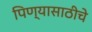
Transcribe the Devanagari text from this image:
पिण्यासाठीचे